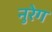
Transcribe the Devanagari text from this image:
नुरेग